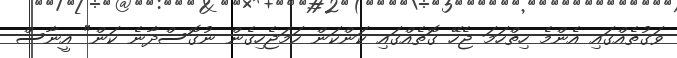
ވަގުތެއްގައި އެންމެ ހިތްހަމަ ޖެހޭ ގޮތެއްގައި ކަންކަން ހަމަޖެހިގެން ނުގޮސްދާނެ ކަން" އީނާސް